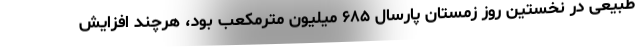
طبیعی در نخستین روز زمستان پارسال ۶۸۵ میلیون مترمکعب بود، هرچند افزایش